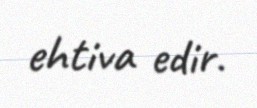
ehtiva edir.